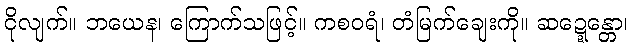
ငိုလျက်။ ဘယေန၊ ကြောက်သဖြင့်။ ကစဝရံ၊ တံမြက်ချေးကို။ ဆဍ္ဍေန္တော၊